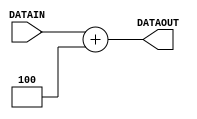
`timescale 1ns / 1ps
//////////////////////////////////////////////////////////////////////////////////
// Company: 
// Engineer: 
// 
// Design Name: 
// Module Name: programadder
// Project Name: 
// Target Devices: 
// Tool Versions: 
// Description: 
// 
// Dependencies: 
// 
// Revision:
// Revision 0.01 - File Created
// Additional Comments:
// 
//////////////////////////////////////////////////////////////////////////////////


module programadder(
    input [31:0]DATAIN,
    output[31:0]DATAOUT);
    assign DATAOUT = DATAIN+4;
endmodule